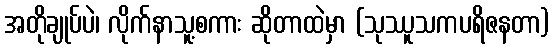
အတိုချုပ်ပဲ၊ လိုက်နာသူ့စကား ဆိုတာထဲမှာ (သုဿူသကပရိဇနတာ)